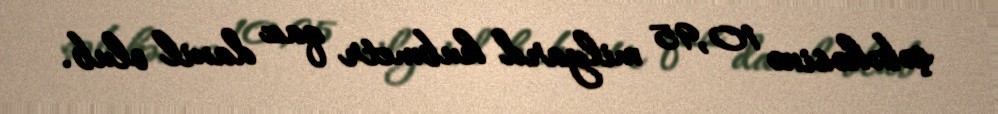
şəbəkəsinə 10,95 milyard kubmetr qaz daxil olub.